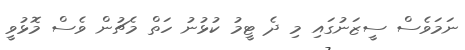
ނަމަވެސް ސީޒަނުގައި މި ދެ ޓީމު ކުޅުނު ހަތް މެޗުން ވެސް މޮޅުވީ